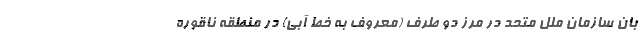
بان سازمان ملل متحد در مرز دو طرف (معروف به خط آبی) در منطقه ناقوره